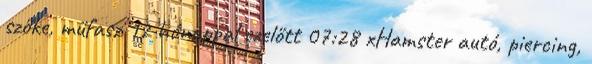
szőke, műfasz 12 hónappal ezelőtt 07:28 xHamster autó, piercing,